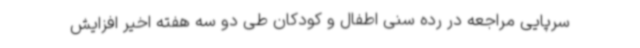
سرپایی مراجعه در رده سنی اطفال و کودکان طی دو سه هفته اخیر افزایش